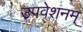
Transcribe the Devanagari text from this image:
उपवेशनम्